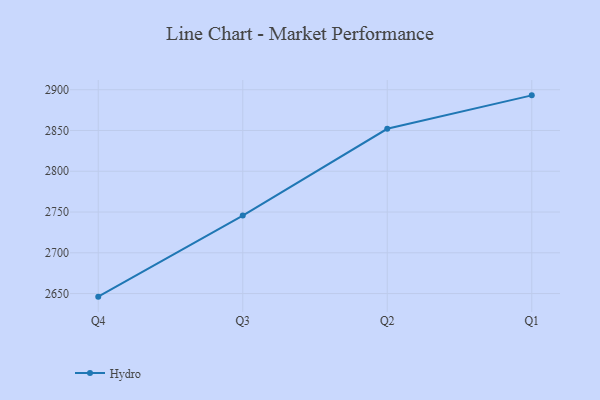
{"axis": {"x": "Quarter", "y": "Demand Index"}, "legend": ["Hydro"], "data": [{"x": "Q4", "y": 2646.2, "type": "Hydro"}, {"x": "Q3", "y": 2745.6, "type": "Hydro"}, {"x": "Q2", "y": 2852.1, "type": "Hydro"}, {"x": "Q1", "y": 2893.1, "type": "Hydro"}]}